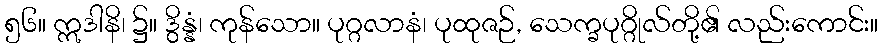
၅၆။ ဣဒါနိ၊ ၌။ ဒွိန္နံ၊ ကုန်သော။ ပုဂ္ဂလာနံ၊ ပုထုဇဉ်, သေက္ခပုဂ္ဂိုလ်တို့၏ လည်းကောင်း။